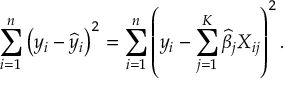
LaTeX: \sum _ { i = 1 } ^ { n } \left( y _ { i } - { \widehat { y } } _ { i } \right) ^ { 2 } = \sum _ { i = 1 } ^ { n } \left( y _ { i } - \sum _ { j = 1 } ^ { K } { \widehat { \beta } } _ { j } X _ { i j } \right) ^ { 2 } .